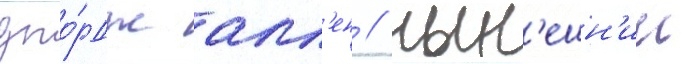
джо́рдж алл'ен / нын'ешн'ии